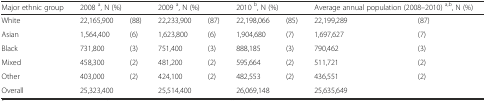
| Major ethnic group | <COLSPAN=2> 2008 a, N (%) | <COLSPAN=2> 2009 a, N (%) | <COLSPAN=2> 2010 b, N (%) | <COLSPAN=2> Average annual population (2008–2010) a,b, N (%) |
 | --- | --- | --- | --- | --- | --- | --- | --- | --- |
 | White | 22,165,900 | (88) | 22,233,900 | (87) | 22,198,066 | (85) | 22,199,289 | (87) |
 | Asian | 1,564,400 | (6) | 1,623,800 | (6) | 1,904,680 | (7) | 1,697,627 | (7) |
 | Black | 731,800 | (3) | 751,400 | (3) | 888,185 | (3) | 790,462 | (3) |
 | Mixed | 458,300 | (2) | 481,200 | (2) | 595,664 | (2) | 511,721 | (2) |
 | Other | 403,000 | (2) | 424,100 | (2) | 482,553 | (2) | 436,551 | (2) |
 | Overall | 25,323,400 |  | 25,514,400 |  | 26,069,148 |  | 25,635,649 |  |